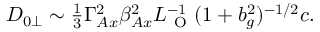
\begin{array} { r } { D _ { 0 \perp } \sim \frac { 1 } { 3 } \Gamma _ { A x } ^ { 2 } \beta _ { A x } ^ { 2 } L _ { \mathrm { ~ O ~ } } ^ { - 1 } ( 1 + b _ { g } ^ { 2 } ) ^ { - 1 / 2 } c . } \end{array}